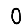
Digit: 0